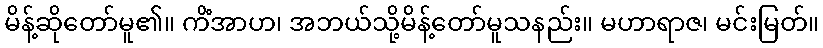
မိန့်ဆိုတော်မူ၏။ ကိံအာဟ၊ အဘယ်သို့မိန့်တော်မူသနည်း။ မဟာရာဇ၊ မင်းမြတ်။